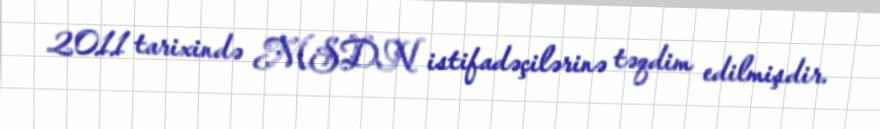
2011 tarixində MSDN istifadəçilərinə təqdim edilmişdir.